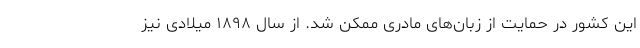
این کشور در حمایت از زبان‌های مادری ممکن شد. از سال ۱۸۹۸ میلادی نیز